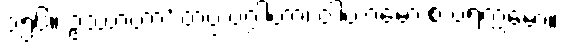
၁၅၆။ ဥဿာဟာ’ တပ္ပ ပဂ္ဂါဟာ၊ ဝါယာမော စ ပရက္ကမော။